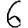
Digit: 6